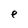
Character: e